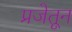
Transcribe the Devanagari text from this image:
प्रजेतून